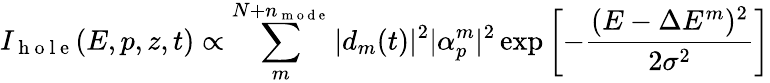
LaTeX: I_{\mathrm{~h~o~l~e~}}(E,p,z,t)\propto\sum_{m}^{N+n_{\mathrm{~m~o~d~e~}}}|d_{m}(t)|^{2}|\alpha_{p}^{m}|^{2}\exp\left[-\frac{(E-\Delta E^{m})^{2}}{2\sigma^{2}}\right]